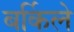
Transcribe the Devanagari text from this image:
बर्किले